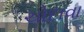
ચોદાવા